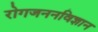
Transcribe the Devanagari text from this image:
रोगजननविज्ञान